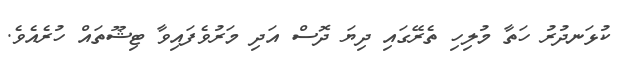
ކުޅަނދުރު ހަތާ މުލިހި ތެރޭގައި ދިޔަ ދޮސް އަދި މަރުވެފައިވާ ޓިޝޫތައް ހުރެއެވެ.